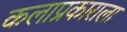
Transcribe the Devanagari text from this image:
कलाप्रकाराला